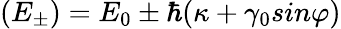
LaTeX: (E_{\pm})=E_{0}\pm\hbar(\kappa+\gamma_{0}sin\varphi)